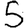
Digit: 5